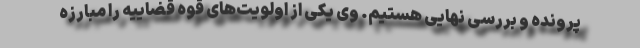
پرونده و بررسی‌ نهایی هستیم. وی یکی از اولویت‌های قوه قضاییه را مبارزه